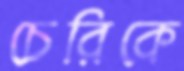
চেরিকে